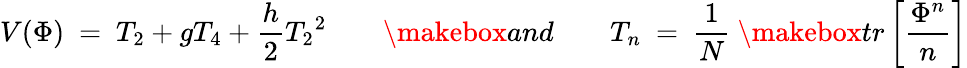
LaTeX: V(\Phi)\ =\ T_{2}+gT_{4}+{\frac{h}{2}}{T_{2}}^{2}\qquad\makebox{and}\qquad T_{n}\ =\ {\frac{1}{N}}\ \makebox{tr}\left[{\frac{\Phi^{n}}{n}}\right]